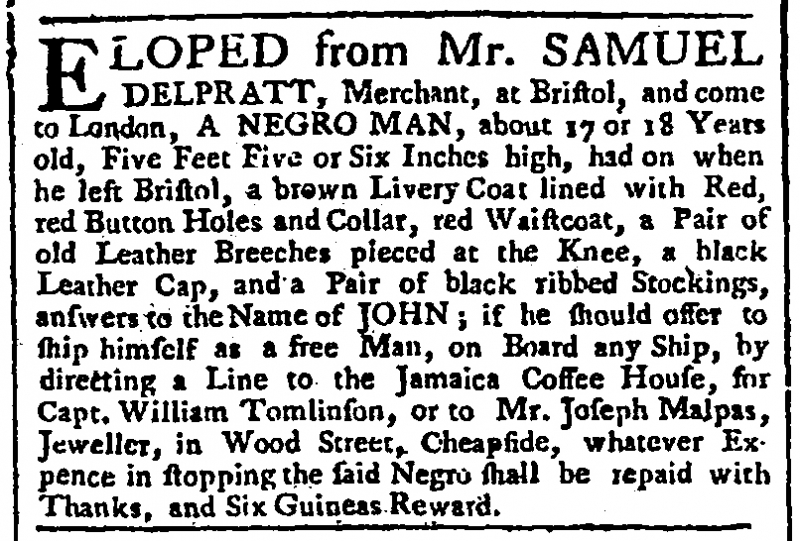
Public Ledger, Or, Daily Register of Commerce and Intelligence, 18 October 1765 (England)
ELOPED from Mr. SAMUEL DELPRATT, Merchant, at Bristol, and come to London, A NEGRO MAN, about 17 or 18 Years old, Five Feet Five or Six Inches high, had on when he left Bristol, a brown Livery Coat lined with Red, red Button Holes and Collar, red Waistcoat, a Pair of old Leather Breeches pieced at the Knee, a black Leather Cap, and a Pair of black ribbed Stockings, answers to the Name of JOHN; if he should offer to ship himself as a free Man, on Board any Ship, by directing a Line to the Jamaica Coffee House, for Capt. William Tomlinson, or to Mr. Joseph Malpas, Jeweller, in Wood Street, Cheapside, whatever Expence in stopping the said Negro shall be repaid with Thanks, and Six Guineas Reward.